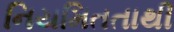
નિયમિતતાથી